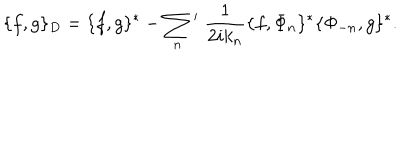
\{ f , g \} _ { D } = \{ f , g \} ^ { \ast } - \sum _ { n } { } ^ { \prime } \; \frac { 1 } { 2 i k _ { n } } \{ f , \Phi _ { n } \} ^ { \ast } \{ \Phi _ { - n } , g \} ^ { \ast } .